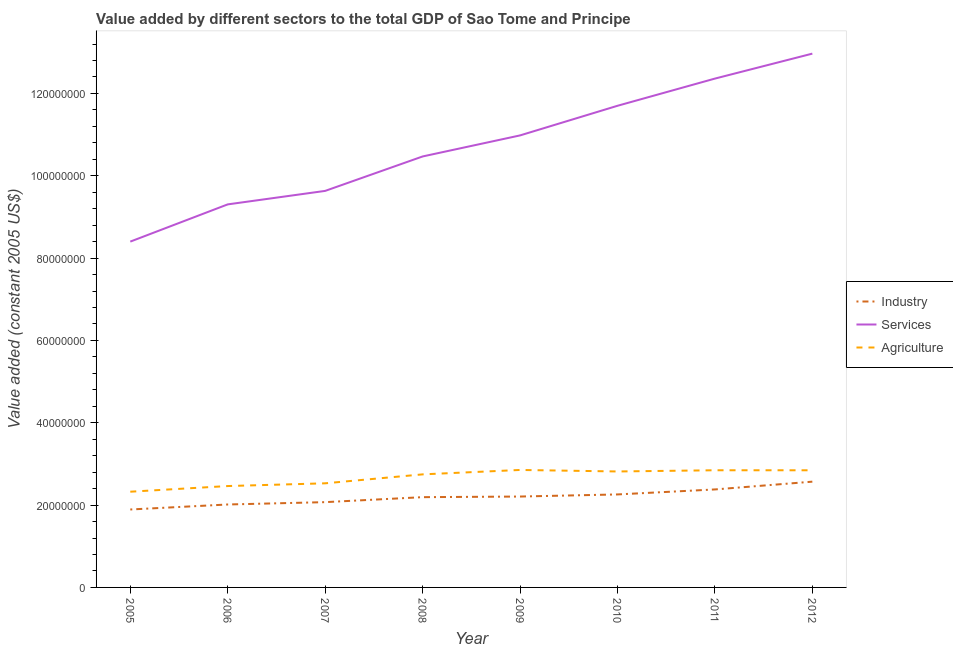
| Year | Industry | Services | Agriculture |
 | --- | --- | --- | --- |
 | 2005 | 1.89e+07 | 8.4e+07 | 2.33e+07 |
 | 2006 | 2.01e+07 | 9.31e+07 | 2.46e+07 |
 | 2007 | 2.07e+07 | 9.63e+07 | 2.53e+07 |
 | 2008 | 2.19e+07 | 1.05e+08 | 2.75e+07 |
 | 2009 | 2.21e+07 | 1.1e+08 | 2.85e+07 |
 | 2010 | 2.26e+07 | 1.17e+08 | 2.82e+07 |
 | 2011 | 2.38e+07 | 1.24e+08 | 2.85e+07 |
 | 2012 | 2.57e+07 | 1.3e+08 | 2.85e+07 |